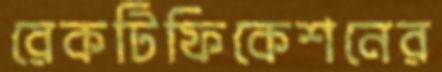
রেকটিফিকেশনের